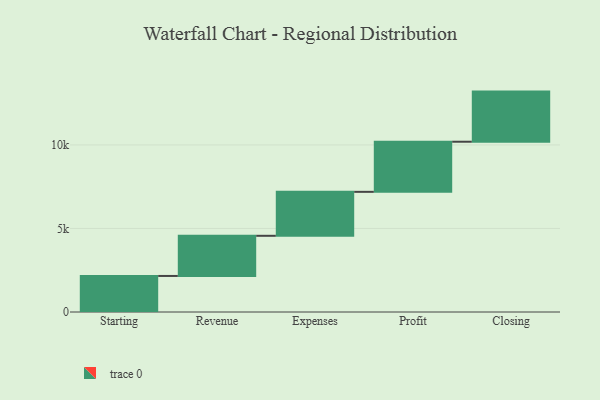
{"axis": {"x": "Step", "y": "Value"}, "legend": [""], "data": [{"x": "Starting", "y": 2157.0, "type": ""}, {"x": "Revenue", "y": 2404.0, "type": ""}, {"x": "Expenses", "y": 2631.0, "type": ""}, {"x": "Profit", "y": 3000, "type": ""}, {"x": "Closing", "y": 3000, "type": ""}]}